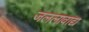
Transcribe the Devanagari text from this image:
जललावाद्य